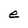
Character: e